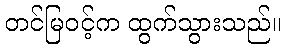
တင်မြဝင့်က ထွက်သွားသည်။